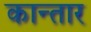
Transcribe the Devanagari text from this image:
कान्तार